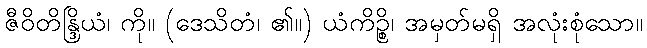
ဇီဝိတိန္ဒြိယံ၊ ကို။ (ဒေသိတံ၊ ၏။) ယံကိဉ္စိ၊ အမှတ်မရှိ အလုံးစုံသော။